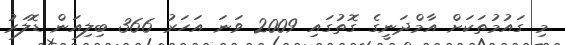
މި ގައުމުތަކަށް އާމްދަނީގެ ގޮތުގައި 2009 ވަނަ އަހަރު 366 ބިލިއަން ޑޮލަރު